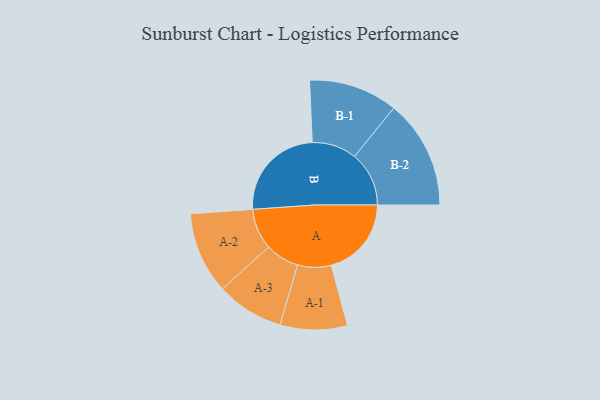
{"axis": {"x": "Segment", "y": "Value"}, "legend": ["", "A", "B"], "data": [{"x": "A", "y": 306, "type": ""}, {"x": "B", "y": 374, "type": ""}, {"x": "A-1", "y": 128, "type": "A"}, {"x": "A-2", "y": 156, "type": "A"}, {"x": "A-3", "y": 129, "type": "A"}, {"x": "B-1", "y": 170, "type": "B"}, {"x": "B-2", "y": 208, "type": "B"}]}